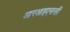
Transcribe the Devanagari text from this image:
आरआइएससी